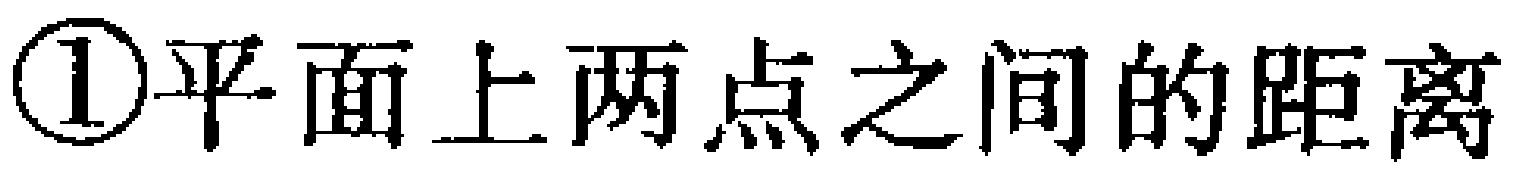
\textcircled{1}平面上两点之间的距离